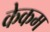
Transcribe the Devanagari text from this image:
केकम